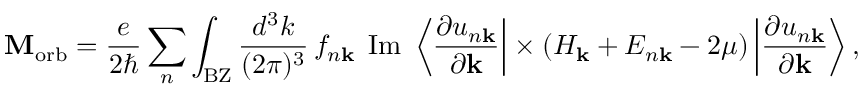
\mathbf { M } _ { \mathrm { { o r b } } } = { \frac { e } { 2 \hbar } } \sum _ { n } \int _ { \mathrm { { B Z } } } { \frac { d ^ { 3 } k } { ( 2 \pi ) ^ { 3 } } } \, f _ { n \mathbf { k } } \; \operatorname { I m } \; \left\langle { \frac { \partial u _ { n \mathbf { k } } } { \partial { \mathbf { k } } } } \right| \times \left( H _ { \mathbf { k } } + E _ { n \mathbf { k } } - 2 \mu \right) \left| { \frac { \partial u _ { n \mathbf { k } } } { \partial { \mathbf { k } } } } \right\rangle ,